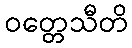
ဝတ္တေသီတိ